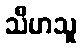
သီဟသူ